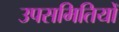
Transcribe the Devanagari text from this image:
उपसमितियों